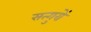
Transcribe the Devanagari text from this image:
सत्गुरों